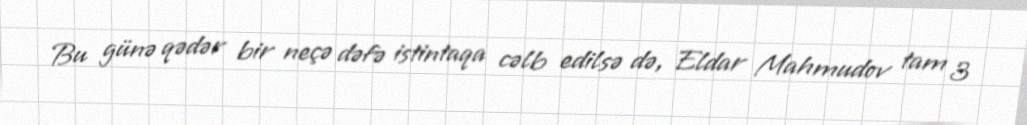
Bu günə qədər bir neçə dəfə istintaqa cəlb edilsə də, Eldar Mahmudov tam 3